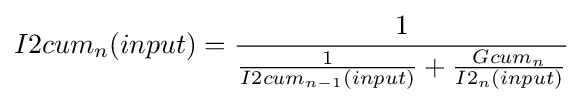
I2cum_{n}(input)={\frac {1}{{\frac {1}{I2cum_{n-1}(input)}}+{\frac {Gcum_{n}}{I2_{n}(input)}}}}